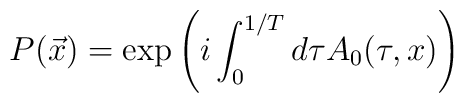
P(\vec x)=\exp\left( i\int_0^{1/T}d\tau A_0(\tau,x)\right)